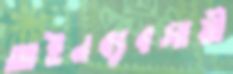
আইনব্যবসায়ী